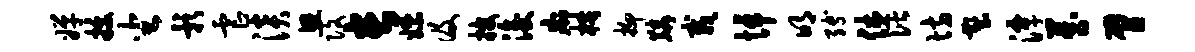
婵拔坐影虐淡思改长嫖及披浚痢梏抑麟栽悼明缚休偕坊塑潭藏臂